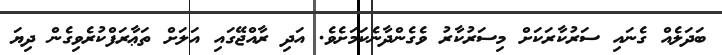
ބަދަލެއް ގެނައި ސަރުކާރަކަށް މިސަރުކާރު ވެގެންދާނެކަމަށެވެ. އަދި ރާއްޖޭގައި އަލަށް ތަޢާރަފްކުރެވިގެން ދިޔަ